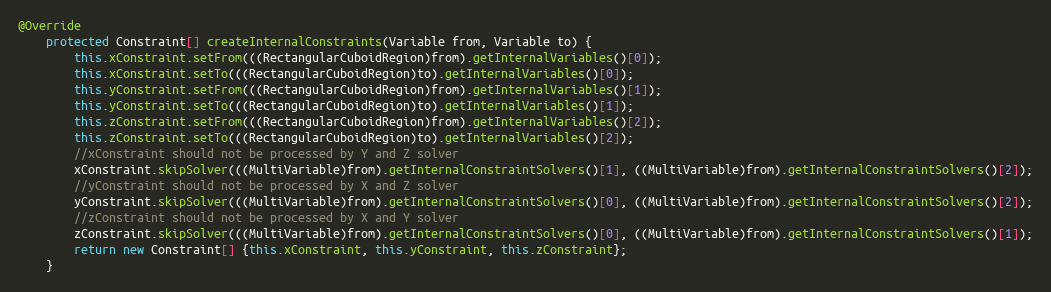
Language: Java
@Override
	protected Constraint[] createInternalConstraints(Variable from, Variable to) {
		this.xConstraint.setFrom(((RectangularCuboidRegion)from).getInternalVariables()[0]);
		this.xConstraint.setTo(((RectangularCuboidRegion)to).getInternalVariables()[0]);
		this.yConstraint.setFrom(((RectangularCuboidRegion)from).getInternalVariables()[1]);
		this.yConstraint.setTo(((RectangularCuboidRegion)to).getInternalVariables()[1]);
		this.zConstraint.setFrom(((RectangularCuboidRegion)from).getInternalVariables()[2]);
		this.zConstraint.setTo(((RectangularCuboidRegion)to).getInternalVariables()[2]);
		//xConstraint should not be processed by Y and Z solver
		xConstraint.skipSolver(((MultiVariable)from).getInternalConstraintSolvers()[1], ((MultiVariable)from).getInternalConstraintSolvers()[2]);
		//yConstraint should not be processed by X and Z solver
		yConstraint.skipSolver(((MultiVariable)from).getInternalConstraintSolvers()[0], ((MultiVariable)from).getInternalConstraintSolvers()[2]);
		//zConstraint should not be processed by X and Y solver
		zConstraint.skipSolver(((MultiVariable)from).getInternalConstraintSolvers()[0], ((MultiVariable)from).getInternalConstraintSolvers()[1]);
		return new Constraint[] {this.xConstraint, this.yConstraint, this.zConstraint};
	}